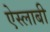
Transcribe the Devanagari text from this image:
ऐस्लाबी